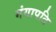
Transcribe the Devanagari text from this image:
गंगापति